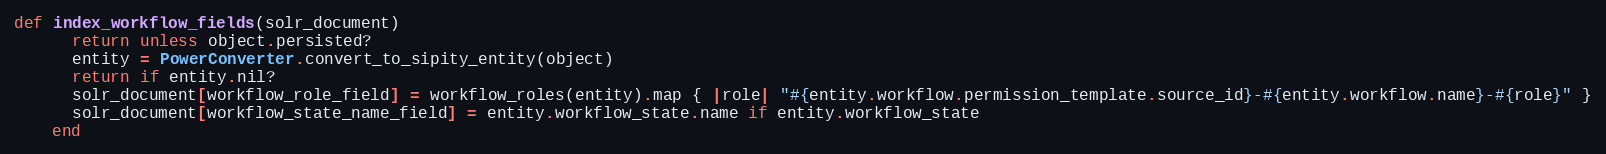
Language: Ruby
def index_workflow_fields(solr_document)
      return unless object.persisted?
      entity = PowerConverter.convert_to_sipity_entity(object)
      return if entity.nil?
      solr_document[workflow_role_field] = workflow_roles(entity).map { |role| "#{entity.workflow.permission_template.source_id}-#{entity.workflow.name}-#{role}" }
      solr_document[workflow_state_name_field] = entity.workflow_state.name if entity.workflow_state
    end